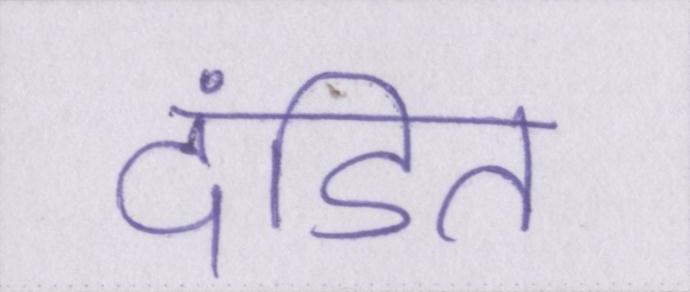
दंडित